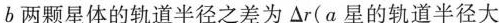
b两颗星体的轨道半径之差为△r(a星的轨道半径大